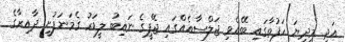
އަދި މިދިޔަ ހަފުތާގައި ބޭއްވި ޖަލްސާއެއްގައި ޖޭޕީގެ ނައިބު ލީޑަރު ގެމަނަފުށީ ދާއިރާގެ